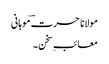
مولانا حسرت ؔموہانی
معائبِ سخن ۔